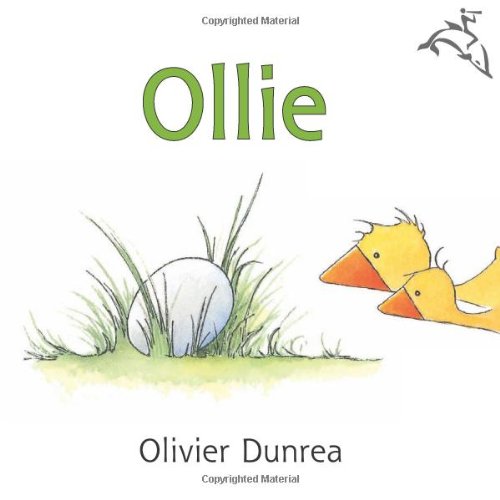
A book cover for Ollie (Gossie & Friends); Olivier Dunrea; Children's Books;